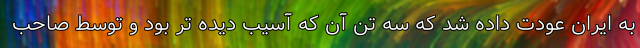
به ایران عودت داده شد که سه تن آن که آسیب دیده تر بود و توسط صاحب